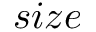
s i z e